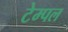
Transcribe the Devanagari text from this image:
टेम्‍पल